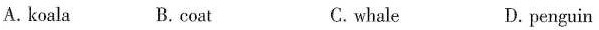
A. koala B.coat C. whale D. penguin